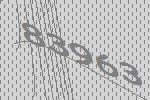
83963